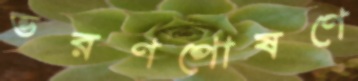
ভরণপোষণে